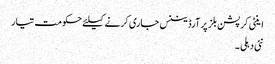
اینٹی کرپشن بلز پر آرڈیننس جاری کرنے کیلئے حکومت تیار
نئی دہلی ۔